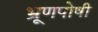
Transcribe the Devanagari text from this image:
भ्रूणपोषी